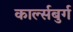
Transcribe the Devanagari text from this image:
कार्ल्सबुर्ग